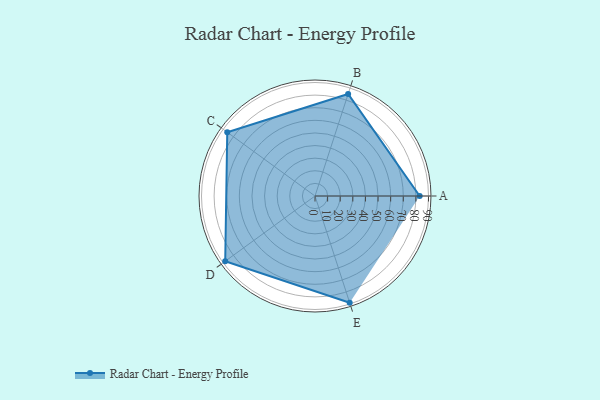
{"axis": {"x": "Skill", "y": "Score"}, "legend": ["Profile"], "data": [{"x": "A", "y": 83.0, "type": "Profile"}, {"x": "B", "y": 85.0, "type": "Profile"}, {"x": "C", "y": 86.0, "type": "Profile"}, {"x": "D", "y": 88.0, "type": "Profile"}, {"x": "E", "y": 89.0, "type": "Profile"}]}